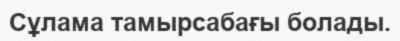
Сұлама тамырсабағы болады.